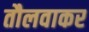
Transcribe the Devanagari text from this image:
तौलवाकर